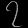
Digit: ၇